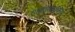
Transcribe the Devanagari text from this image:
राधाधरमधुमिलिंद